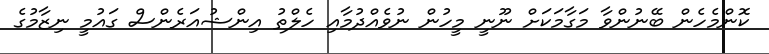
ކޮންމެހެން ބޭނުންވާ މަގާމަކަށް ނޫނީ މީހުން ނުވެއްދުމާއި ހެލްތު އިންޝުއަރެންސް ގައުމީ ނިޒާމުގެ